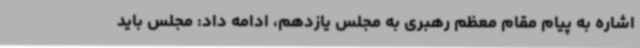
اشاره به پیام مقام معظم رهبری به مجلس یازدهم، ادامه داد: مجلس باید